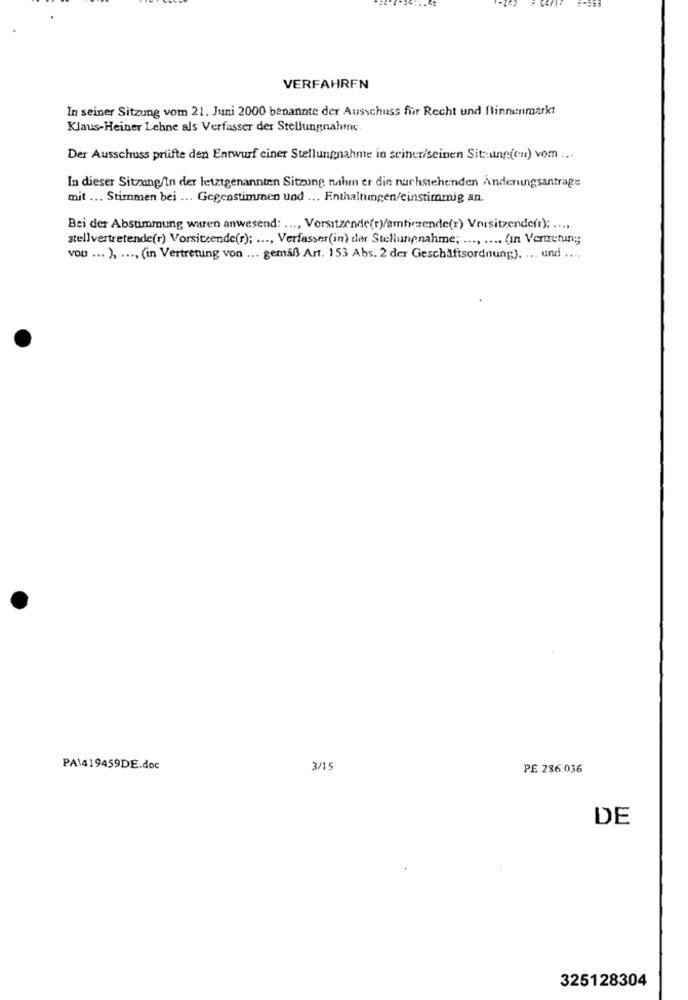
VERFAHREN
In seiner Sitzung vom 21. Juni 2000 benannte der Ausschuss für Recht und Binnenmarkt
Klaus-Heiner Lehne als Verfasser der Stellungnahme
Der Ausschuss prüfte den Entwurf ciner Stellungnahme in seiner/seinen Sit:ung(cn) vom ...
In dieser Sitzung/In der letztgenannten Sitzung nahm er die nachstehenden Änderungsantrage
mit ... Stimmen bei ... Gegenstimmen und ... Enthaltungen/einstimmig an.
Bei der Abstimmung waren anwesend: ..., Vorsitzende(r)/amtierende(r) Vorsitzende(r); ....
stellvertretende(r) Vorsitzende(r); ..., Verfasser(in) der Stellungnahme; .... .... (ın Vertretung;
vou ... ), ..., (in Vertretung von ... gemäß Art. 153 Abs. 2 der Geschäftsordnung). ... und ....
PA\419459DE.doc
3/15
PE 236.036
DE
325128304